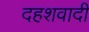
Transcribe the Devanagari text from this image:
दहशवादी